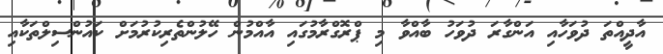
އާދީއްތަ ދުވަހާއި އަންގާރަ ދުވަހު ބާއްވާ މި ޕްރޮގްރާމުގައި އާއްމުން ހޭލުންތެރިކުރުމަށް ކައުންސިލްތަކާއި